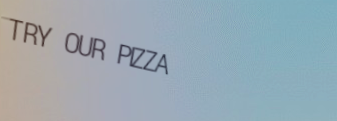
TRY OUR PIZZA